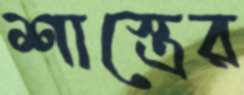
শাস্ত্রের